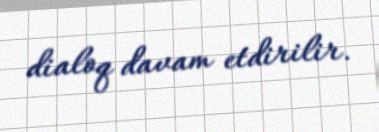
dialoq davam etdirilir.